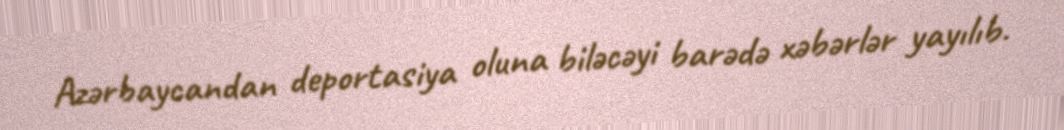
Azərbaycandan deportasiya oluna biləcəyi barədə xəbərlər yayılıb.